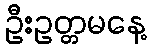
ဦးဥတ္တမနေ့